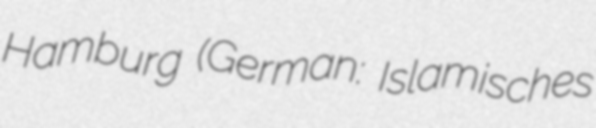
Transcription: Hamburg (German: Islamisches